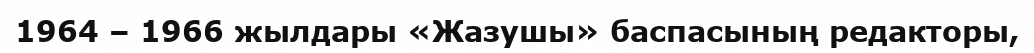
1964 – 1966 жылдары «Жазушы» баспасының редакторы,